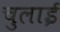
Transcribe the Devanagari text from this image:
चुलाई